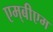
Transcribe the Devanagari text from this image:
एम्‌बीएम